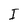
Character: I